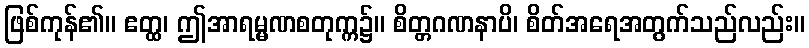
ဖြစ်ကုန်၏။ ဧတ္ထ၊ ဤအာရမ္မဏစတုက္က၌။ စိတ္တဂဏနာပိ၊ စိတ်အရေအတွက်သည်လည်း။